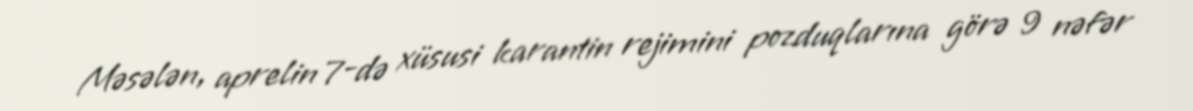
Məsələn, aprelin 7-də xüsusi karantin rejimini pozduqlarına görə 9 nəfər